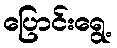
ပြောင်းရွေ့